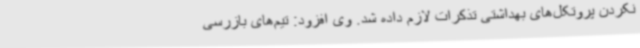
نکردن پروتکل‌های بهداشتی تذکرات لازم داده شد. وی افزود: تیم‌های بازرسی